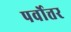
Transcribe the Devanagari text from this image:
पर्वोत्तर